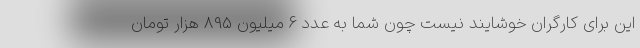
این برای کارگران خوشایند نیست چون شما به عدد 6 میلیون 895 هزار تومان